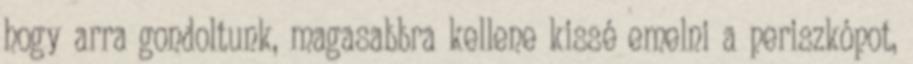
hogy arra gondoltunk, magasabbra kellene kissé emelni a periszkópot,